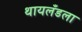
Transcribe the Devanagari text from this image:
थायलँडला